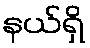
နယ်ရှိ